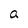
Character: a